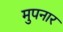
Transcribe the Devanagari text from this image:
मुपनार